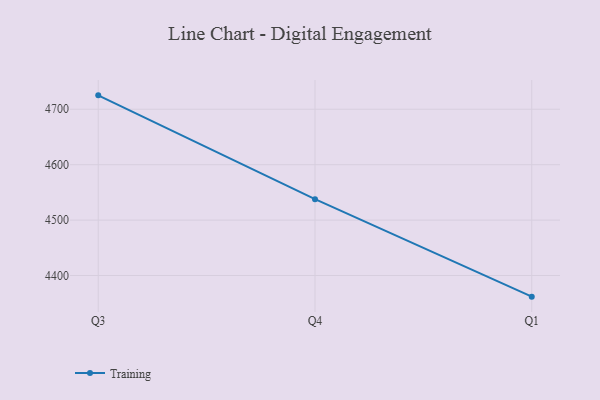
{"axis": {"x": "Quarter", "y": "Humidity (%)"}, "legend": ["Training"], "data": [{"x": "Q3", "y": 4725.1, "type": "Training"}, {"x": "Q4", "y": 4537.7, "type": "Training"}, {"x": "Q1", "y": 4361.9, "type": "Training"}]}